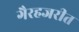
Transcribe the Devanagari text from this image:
गैरहजरीत